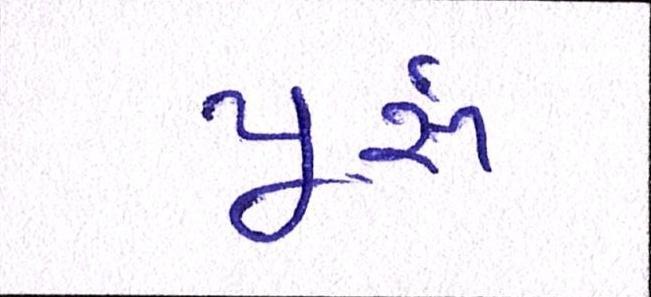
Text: પૂ્રું